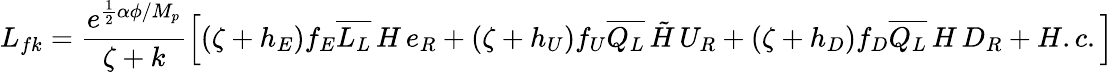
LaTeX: L_{fk}=\frac{e^{\frac{1}{2}\alpha\phi/M_{p}}}{\zeta+k}\left[(\zeta+h_{E})f_{E}\overline{{{L_{L}}}}\, H\, e_{R}+(\zeta+h_{U})f_{U}\overline{{{Q_{L}}}}\, \tilde{H}\, U_{R}+(\zeta+h_{D})f_{D}\overline{{{Q_{L}}}}\, H\, D_{R}+H.c.\right]